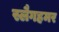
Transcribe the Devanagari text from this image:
स्लैगहमर